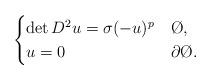
LaTeX: \begin{align*}\begin{cases}\det D^2u = \sigma (-u)^p & \O,\\u = 0 & \partial \O.\end{cases}\end{align*}